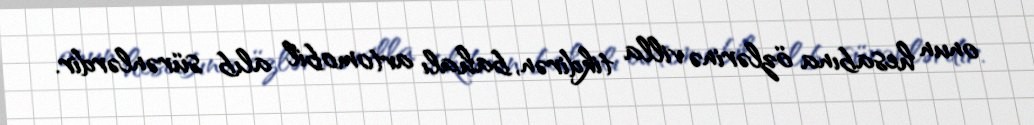
onun hesabına özlərinə villa tikdirən, bahalı avtomobil alıb sürənlərdir.